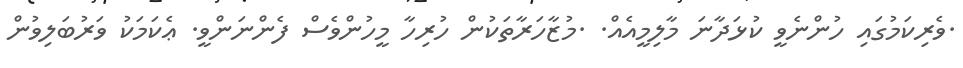
.ވެރިކަމުގައި ހުންނެވީ ކުޅަދާނަ މާލިމީއެއް. .މުޒާހަރާތަކުން ހުރިހާ މީހުންވެސް ފެންނަންވީ. ޢެކަމަކު ވަރުބަލިވުން